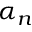
\alpha _ { n }